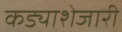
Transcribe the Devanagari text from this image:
कड्याशेजारी